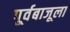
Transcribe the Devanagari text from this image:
पूर्वबाजूला